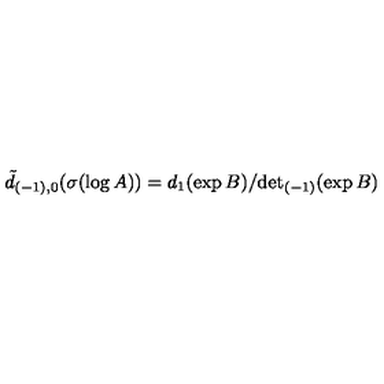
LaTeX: \tilde { d } _ { ( - 1 ) , 0 } ( \sigma ( \log A ) ) = d _ { 1 } ( \exp B ) / { \det } _ { ( - 1 ) } ( \exp B )